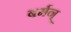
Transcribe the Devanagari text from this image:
बर्मन्